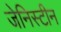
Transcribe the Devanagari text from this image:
जेनिस्टीन